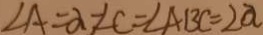
\angle A = \alpha - \angle C = \angle A B C = 2 a